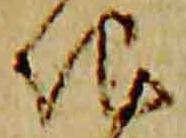
地